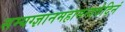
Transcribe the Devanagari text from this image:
सम्यग्ज्ञानमहामन्त्रवेदिनं